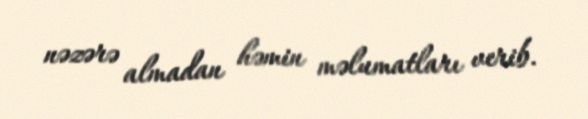
nəzərə almadan həmin məlumatları verib.